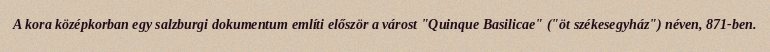
A kora középkorban egy salzburgi dokumentum említi először a várost "Quinque Basilicae" ("öt székesegyház") néven, 871-ben.